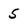
Character: 5